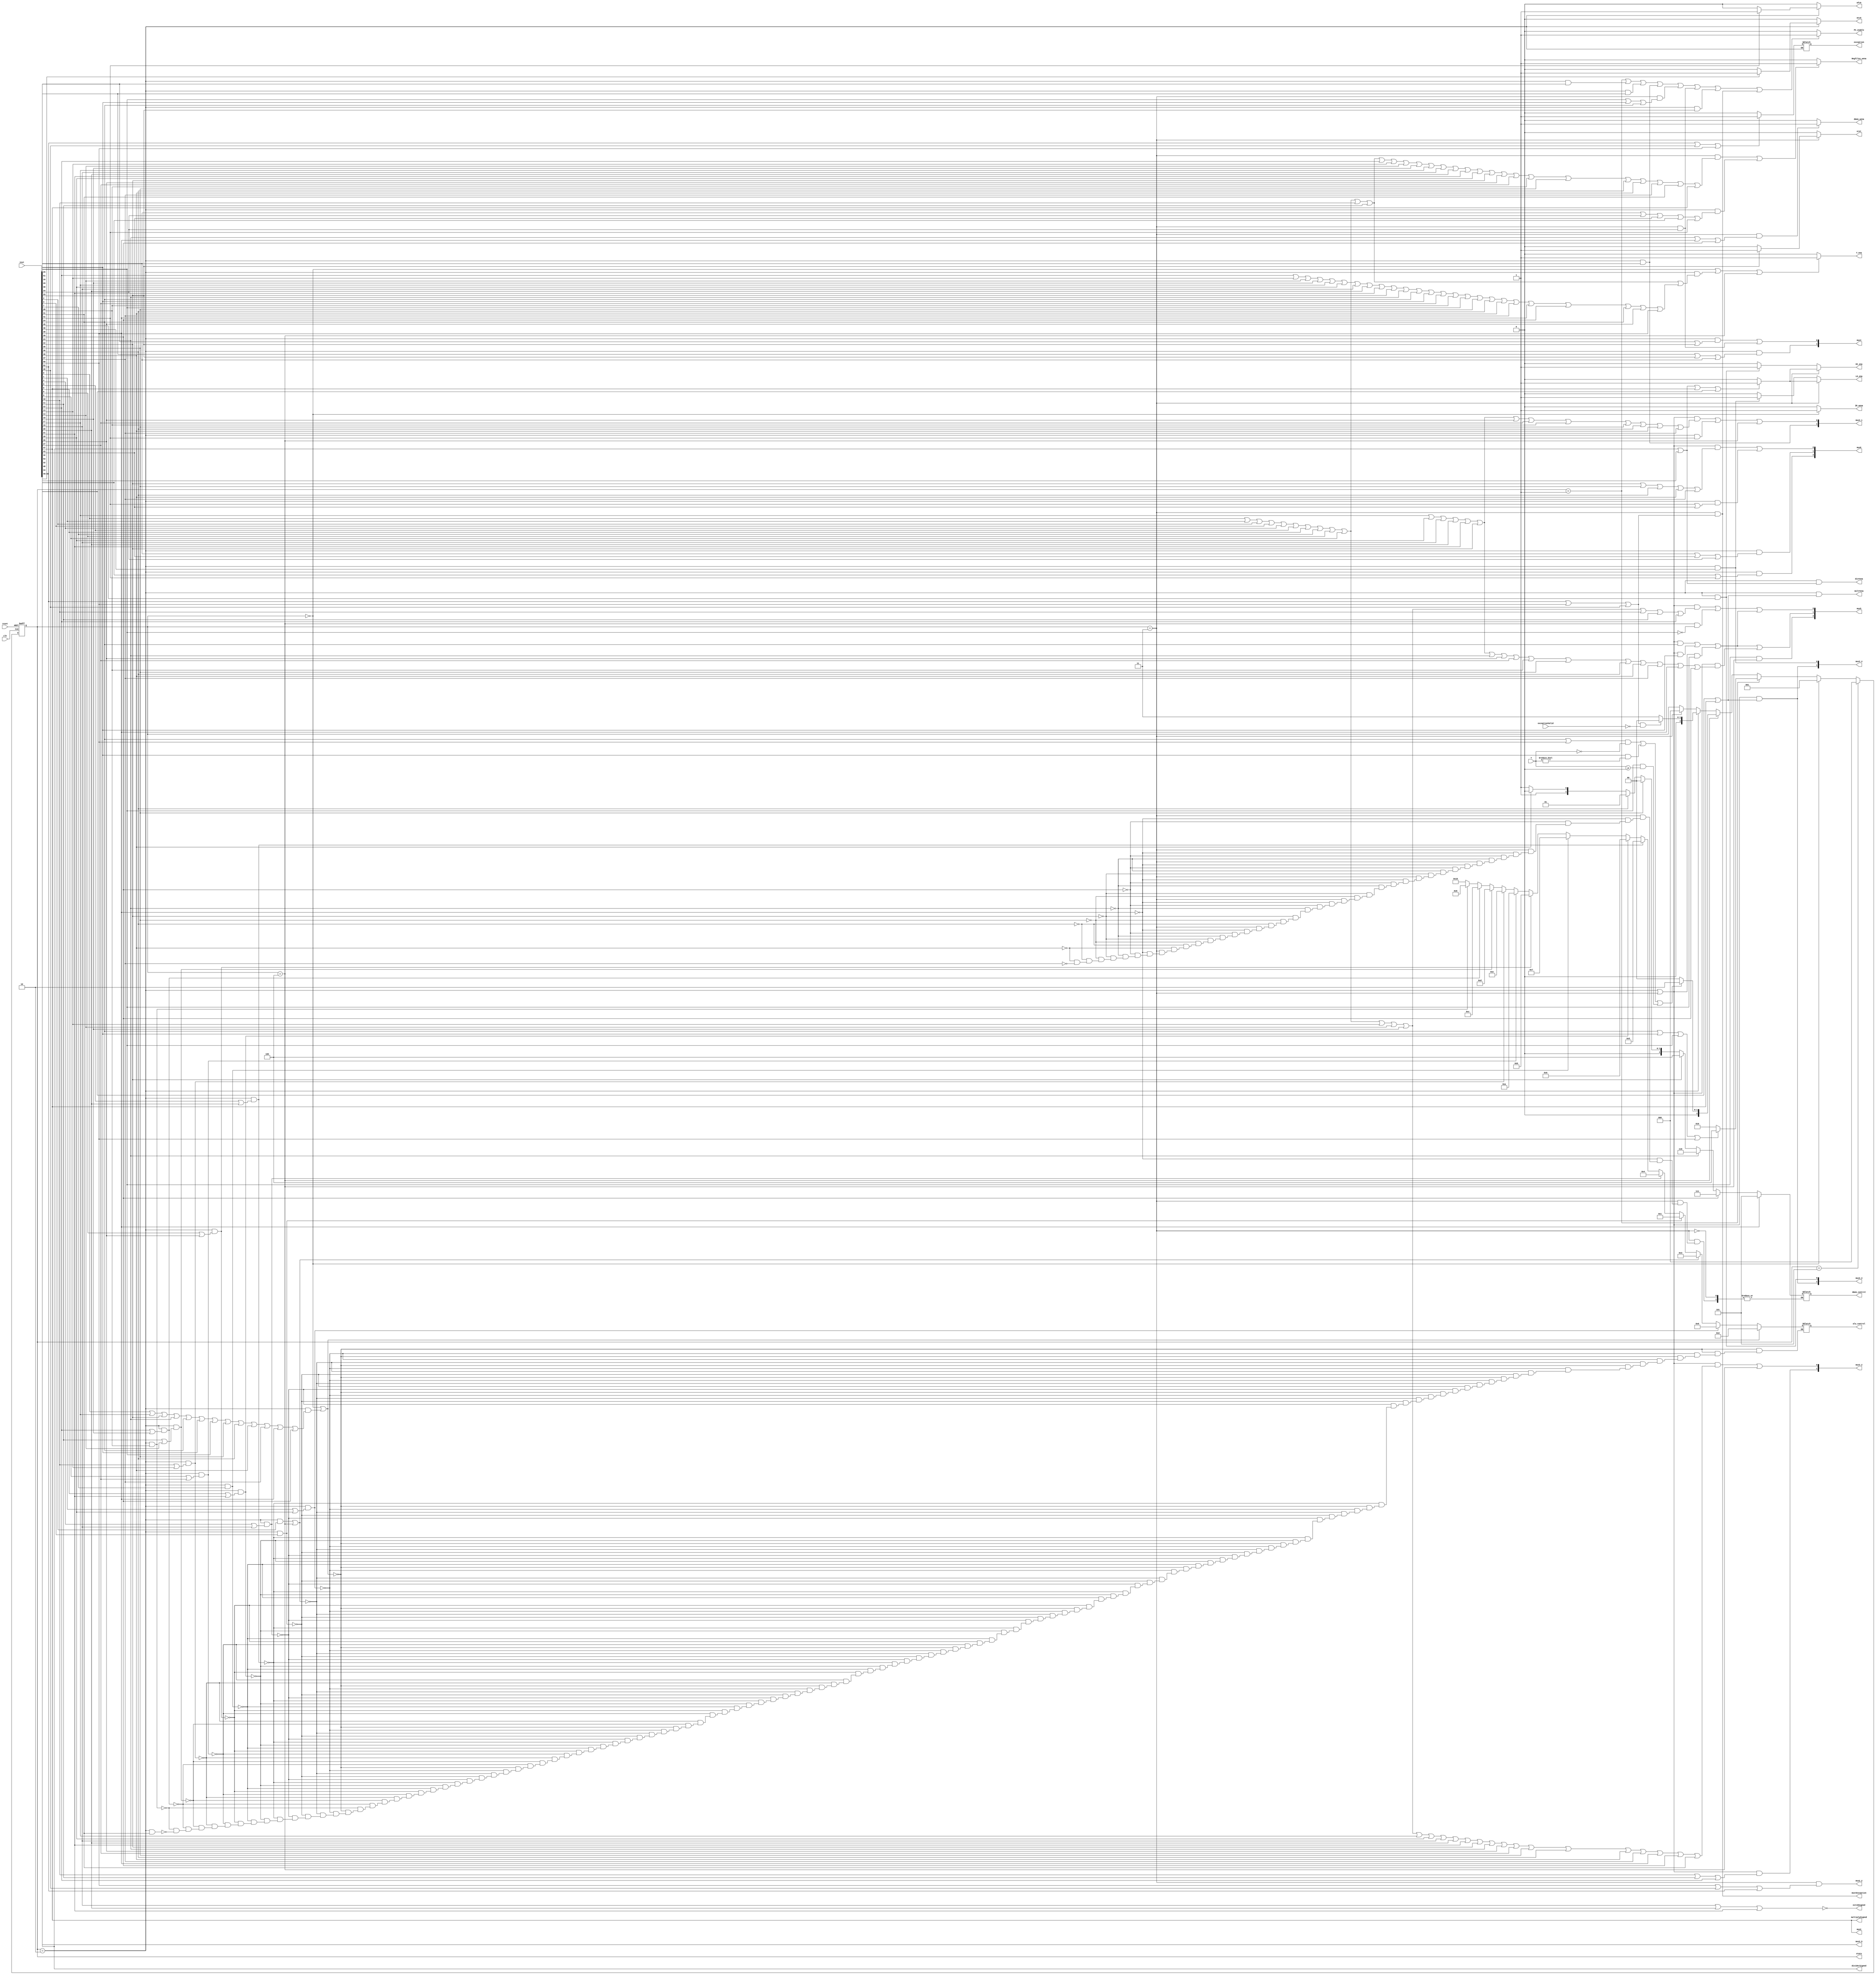
`timescale 1ns / 1ps
//////////////////////////////////////////////////////////////////////////////////
// Company: 
// Engineer: 
// 
// Design Name: 
// Module Name: control
// Project Name: 
// Target Devices: 
// Tool Versions: 
// Description: 
// 
// Dependencies: 
// 
// Revision:
// Revision 0.01 - File Created
// Additional Comments:
// 
//////////////////////////////////////////////////////////////////////////////////


module control(
    input clk, 
    input reset, 
    input [53:0] inst, 
    input [31:0] Y,
    output reg PC_enable, 
    output reg Regfiles_wena, 
    output reg IR_wena, 
    output reg Y_ena, 
    output reg [4:0] alu_control, 
    output reg [2:0] dmem_control, 
    output reg dmem_wena, 
    output  divYena, 
    output multYena, 
    output  dividerSigned,
    output  multiplySigned, 
    output reg HI_ena, 
    output reg LO_ena, 
    output reg mfc0,
    output reg mtc0,
    output reg eret,
    output reg exception,
    output ext16Signed,
    output mux2,
    output mux2_2,
    output [1:0]mux4, 
    output [2:0]mux6,
    output [2:0]mux5,
    output [1:0]mux3_1,
    output [1:0]mux3_2,
    output [1:0]mux3_3,
    output [1:0]mux3_4,
    output [1:0]mux3_5,
    input exceptionValid,
    output mustException ,
    output reg [2:0]state
);
// ___________________________________________________________________
//state:
   localparam  fetch=0;
   localparam  decoding=1;
   localparam  execution=2;
   localparam  writeback=3;
   localparam  judgement=4;
   localparam pause = 5;

//  ___________________________________________________________________
wire inst_add = inst[0];
wire inst_addu = inst[1];
wire inst_sub = inst[2];
wire inst_subu = inst[3];
wire inst_and = inst[4];
wire inst_or = inst[5];
wire inst_xor = inst[6];
wire inst_nor = inst[7];
wire inst_slt = inst[8];
wire inst_sltu = inst[9];
wire inst_sll = inst[10];
wire inst_srl = inst[11];
wire inst_sra = inst[12];
wire inst_sllv = inst[13];
wire inst_srlv = inst[14];
wire inst_srav = inst[15];
wire inst_jr = inst[16];
wire inst_addi = inst[17];
wire inst_addiu = inst[18];
wire inst_andi = inst[19];
wire inst_ori = inst[20];
wire inst_xori = inst[21];
wire inst_lw = inst[22];
wire inst_sw = inst[23];
wire inst_beq = inst[24];
wire inst_bne = inst[25];
wire inst_slti = inst[26];
wire inst_sltiu = inst[27];
wire inst_lui = inst[28];
wire inst_j = inst[29];
wire inst_jal = inst[30];
wire inst_clz = inst[31];
wire inst_divu = inst[32];
wire inst_eret = inst[33];
wire inst_jalr = inst[34];
wire inst_lb = inst[35];
wire inst_lbu = inst[36];
wire inst_lhu = inst[37];
wire inst_sb = inst[38];
wire inst_sh = inst[39];
wire inst_lh = inst[40];
wire inst_mfc0 = inst[41];
wire inst_mfhi = inst[42];
wire inst_mflo = inst[43];
wire inst_mtc0 = inst[44];
wire inst_mthi = inst[45];
wire inst_mtlo = inst[46];
wire inst_mul = inst[47];
wire inst_multu = inst[48];
wire inst_syscall = inst[49];
wire inst_teq = inst[50];
wire inst_bgez = inst[51];
wire inst_break = inst[52];
wire inst_div = inst[53];
  
localparam _addu =5'b00000;
localparam _subu =5'b00001;
localparam _add =5'b00010;
localparam _sub =5'b00011;
localparam _and =5'b00100;
localparam _or =5'b00101;
localparam _xor =5'b00110;
localparam _nor =5'b00111;
localparam _lui1 =5'b01000;
localparam _lui2 =5'b01001;
localparam _sltu =5'b01010;
localparam _slt =5'b01011;
localparam _sra =5'b01100;
localparam _srl =5'b01101;
localparam _sll =5'b01110;
localparam _slr =5'b01111;
localparam _clz =5'b10000;



always @(negedge clk or posedge reset)
begin
if(reset)
    state <= pause;
else if (state == pause)
    state<=fetch;
else if(state==fetch)
    state<=decoding;
else if(state==decoding)
    if(inst_beq||inst_bne||inst_bgez||inst_teq)
        state<=judgement;
    else
        state <= execution;
else if(state == judgement)
    if (((inst_beq|inst_teq)&Y==0)|(inst_bne&Y!=0)|(inst_bgez & $signed(Y)>=0))
        state <= execution;
    else
        state<=fetch;
else if(state==execution)
    if ((inst_break | inst_teq | inst_syscall) & ~exceptionValid)
        state <= fetch;
    else
        state<=writeback;
else if (state==writeback)
    state<=fetch;
end

// mustException
assign mustException = state == writeback & (inst_teq | inst_break | inst_syscall);

// PC_enable
always @(*)
    begin
if(state==decoding|(state==execution&inst_jr)|(state==execution&inst_j)
| (state==execution&inst_jal)|(state==writeback&(inst_bgez|inst_bne|inst_beq))
 |(state==writeback&inst_jalr)|(state==execution&inst_eret) | state == writeback & (inst_break | inst_teq | inst_syscall))
      PC_enable=1;
else  PC_enable=0;
    end

//Regfiles_wena
always @(*)
     begin
if((state==writeback&
(inst_add|inst_addu|inst_sub|inst_subu|inst_and|inst_or|inst_xor|
inst_nor|inst_slt|inst_sltu|inst_sll|inst_srl|inst_sra|inst_sllv|inst_srlv|inst_srav|inst_addi|
inst_andi|inst_ori|inst_xori|inst_addiu|inst_lw|inst_slti|inst_sltiu|inst_lui|inst_lb|
inst_lbu|inst_lh|inst_lhu|inst_clz|inst_mul))|(state==execution&(inst_jal|inst_jalr|inst_mflo|inst_mfhi|inst_mfc0)))
   Regfiles_wena=1;
else 
  Regfiles_wena=0;
end


//  IR_wena
always @(*)
begin
if(state==fetch)
    IR_wena=1;
else
    IR_wena=0;
end

//Y_ena
always @(*)
   begin
if(
    (
        state==fetch|
        (
            state==execution&
            (
inst_add|inst_addu|inst_sub|inst_subu|inst_and|inst_or|inst_xor|inst_nor|inst_slt|inst_sltu|inst_sll|inst_srl||inst_sra|inst_sllv|inst_srlv|inst_srav|
inst_addi|inst_addiu|inst_andi|inst_ori|inst_xori|inst_lw|inst_sw|inst_beq|inst_bne|inst_sltiu|inst_lui|inst_bgez|inst_lb|
inst_lbu|inst_lh|inst_lhu|inst_sb|inst_sh|inst_clz|inst_slti|inst_teq
            )
        )
|
   (
    state==judgement
   )
    )
)
   Y_ena=1;
else
   Y_ena=0;
end

//alu_control
always @(*)
   begin
if(state==fetch|(state==execution&(inst_add|inst_addi|inst_lw|inst_sw|
inst_beq|inst_bne|inst_bgez|inst_lb|inst_lbu|inst_lh|inst_lhu|inst_sb|inst_sh)))
     alu_control=_add;
else if(state==execution&(inst_addu|inst_addiu))
    alu_control=_addu;
else if((state==execution&(inst_sub))|(state==judgement))
    alu_control=_sub;
else if(state==execution&inst_subu)
    alu_control=_subu;
else if(state==execution&(inst_and|inst_andi))
    alu_control=_and;
else if(state==execution&(inst_or|inst_ori))
    alu_control=_or;
else if(state==execution&(inst_xor|inst_xori))
    alu_control=_xor;
else if(state==execution&inst_nor)
    alu_control=_nor;
else if(state==execution&(inst_slt|inst_slti))
    alu_control=_slt;
else if(state==execution&(inst_sltu|inst_sltiu))
    alu_control=_sltu;
else if(state==execution&(inst_sll|inst_sllv))
    alu_control=_sll;
else if(state==execution&(inst_srl|inst_srlv))
    alu_control=_srl;
else if(state==execution&(inst_sra|inst_srav))
    alu_control=_sra;
else if(state==execution&inst_lui)
    alu_control=_lui1;
else if(state==execution&inst_clz)
    alu_control=_clz;
end

localparam  LB=0;
localparam  LBU=1;
localparam  LH=2;
localparam  LHU=3;
localparam  LW=4;
localparam  SB=5;
localparam  SW=6;
localparam  SH=7;

//dmem_control
always @(*)
begin
if(state==writeback)
begin
if(inst_sb)
    dmem_control=SB;
else if(inst_sh)
    dmem_control=SH;
else if(inst_sw)
    dmem_control=SW;
else if(inst_lw)
    dmem_control=LW;
else if(inst_lb)
    dmem_control=LB;
else if(inst_lbu)
    dmem_control=LBU;
else if(inst_lh)
    dmem_control=LH;
else if(inst_lhu)
    dmem_control=LHU;
end
end
// dmem_wena
always @(*)
  begin
if(state==writeback&(inst_sw|inst_sb|inst_sh))
  dmem_wena=1;
else 
  dmem_wena=0;
end
  




// divYena
assign divYena =( state ==execution & (inst_div | inst_divu));

// multYena
assign multYena = (state == execution & (inst_multu | inst_mul));

// dividerSigned
assign dividerSigned = inst_div;

// multiplySigned
assign multiplySigned = inst_mul;






//HI_ena
always @(*)
begin
if(state==writeback)
begin
    if(inst_div|inst_divu|inst_mul|inst_multu)
        HI_ena=1;
    else
        HI_ena = 0;
end
else if(state==execution&inst_mthi)
        HI_ena=1;
else HI_ena=0;
end

//LO_ena
always @(*)
begin
if(state==writeback)
begin
    if(inst_div|inst_divu|inst_mul|inst_multu)
        LO_ena=1;
    else
        LO_ena = 0;
end
else if(state==execution&inst_mtlo)
    LO_ena=1;
else 
    LO_ena=0;
end

// mfc0
always @(*)
begin
if(state==execution)
begin
if(inst_mfc0)
    mfc0 = 1;
else 
    mfc0 = 0;
end else
    mfc0 = 0;
end

// mtc0
always @(*)
begin
if(state==execution)
begin
if(inst_mtc0)  
    mtc0 = 1;
else 
    mtc0 = 0;
end else
    mtc0 = 0;
end

// eret
always @(*)
begin
if(state==writeback)
begin
if(inst_eret)  
   eret = 1;
else 
   eret = 0;
end else
    eret = 0;
end


//exception
always @(*)
begin
if(state==execution)
begin
if(inst_break|inst_syscall|inst_teq)
    exception = 1;
else 
    exception = 0;
end
end


//mux4
assign mux4[0] = state == execution & (inst_jr | inst_eret) |state==writeback & inst_jalr;
assign mux4[1] = state == execution & (inst_j | inst_eret|inst_jal);

// mux6Select
assign mux6[0] = (
    (state == execution | state == writeback) & (inst_lw | inst_lb | inst_lbu | inst_lh | inst_lhu) |
    (state == execution & (inst_mfc0 | inst_mflo))
);
assign mux6[1] = (state == execution & (inst_jal | inst_mflo | inst_jalr));
assign mux6[2] = state == execution & (inst_mfhi | inst_mfc0);

// mux3_1
assign mux3_1[0] = (
    (state == execution | state == writeback) & (inst_addi | inst_addiu | inst_andi | inst_ori | inst_xori | 
        inst_lw | inst_slti | inst_sltiu | inst_lui | inst_lb | inst_lbu |
        inst_lh | inst_lhu) |
    (state == execution & (inst_mfc0)) |
    state == judgement
);
assign mux3_1[1] = state == execution & (inst_jal);


// mux3_2
assign mux3_2[0] = (
    (state == execution | state == writeback) & (inst_add | inst_addu | inst_sub | inst_subu | inst_and | inst_or |
        inst_xor | inst_nor | inst_slt | inst_sltu | inst_sllv | inst_srlv | inst_srav |
        inst_addi | inst_addiu | inst_andi | inst_ori | inst_xori |
        inst_lw | inst_sw | inst_slti | inst_sltiu | 
        inst_lb | inst_lbu | inst_lh | inst_lhu | inst_sb | inst_sh | inst_clz)
         | state == judgement
);
assign mux3_2[1] = (state == execution | state == writeback) & (inst_sll | inst_srl | inst_sra);

// mux5
assign mux5[0] = (
    (state == execution | state == writeback) & (inst_add | inst_addu | inst_sub | inst_subu | inst_and | inst_or |
        inst_xor | inst_nor | inst_slt | inst_sltu | inst_sllv | inst_srlv | inst_srav | inst_sll | inst_srl | inst_sra
    ) |
    state == judgement & ~inst_bgez |
    ((state == execution | state == writeback) & inst_beq |
    (state == execution | state == writeback) & inst_bne |
    (state == execution | state == writeback) & inst_bgez)
);
assign mux5[1] = (
    ((state == execution | state == writeback) & inst_beq |
    (state == execution | state == writeback) & inst_bne |
    (state == execution | state == writeback) & inst_bgez) |
    (state == execution | state == writeback) & (
        inst_addi | inst_addiu | inst_andi | inst_ori | inst_xori |
        inst_lw | inst_sw | inst_slti | inst_sltiu | inst_lui |
        inst_lb | inst_lbu | inst_lh | inst_lhu | inst_sb | inst_sh
    )
);
assign mux5[2] = inst_bgez & state == judgement;

// mux3_3
assign mux3_3[0] = state == execution & inst_mthi;
assign mux3_3[1] = (state == execution | state == writeback) & (inst_mul | inst_multu);

// mux3_4
assign mux3_4[0] = state == execution & inst_mtlo;
assign mux3_4[1] = (state == execution | state == writeback) & (inst_mul | inst_multu);

// mux3_5
assign mux3_5[0] = inst_syscall;
assign mux3_5[1] = inst_teq;


// mux2
assign mux2 = inst_mul;

// mux2_2
assign mux2_2 = state == writeback & (inst_teq | inst_syscall | inst_break);

// ext16Signed
assign ext16Signed = ~(inst_andi | inst_ori | inst_xori);

endmodule